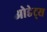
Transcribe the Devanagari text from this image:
ओडेट्स